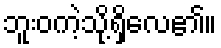
ဘူးဝကဲ့သို့ရှိလေ၏။